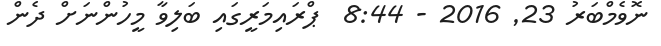
ނޮވެމްބަރު 23